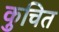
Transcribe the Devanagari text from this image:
कुचित